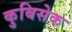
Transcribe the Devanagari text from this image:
कुबिसेक